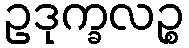
ဥဒုက္ခလဉ္စ